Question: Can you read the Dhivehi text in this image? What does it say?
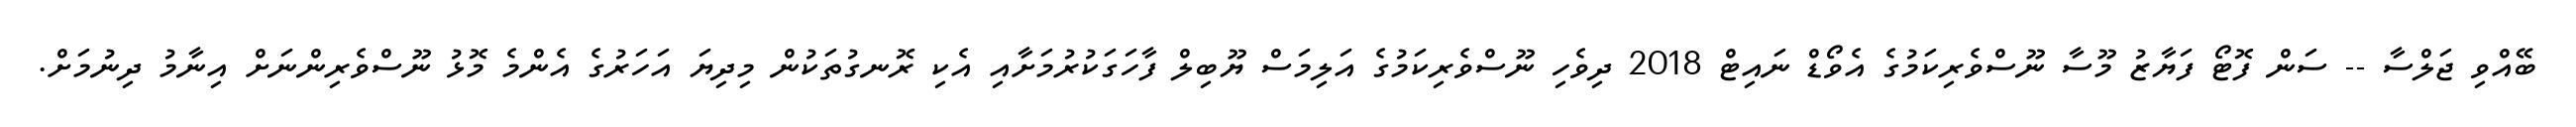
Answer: ބޭއްވި ޖަލްސާ -- ސަން ފޮޓޯ ފަޔާޒު މޫސާ ނޫސްވެރިކަމުގެ އެވޯޑް ނައިޓް 2018 ދިވެހި ނޫސްވެރިކަމުގެ އަލިމަސް ޔޫބިލް ފާހަގަކުރުމަށާއި އެކި ރޮނގުތަކުން މިދިޔަ އަހަރުގެ އެންމެ މޮޅު ނޫސްވެރިންނަށް އިނާމު ދިނުމަށް.